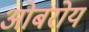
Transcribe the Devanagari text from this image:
ओबरोय